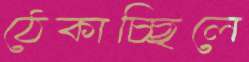
ঠেকাচ্ছিলে